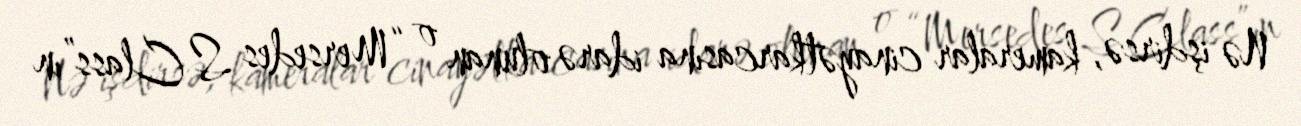
Nə işdirsə, kameralar cinayətkarcasına idarə olunan o “Mersedes S Class”ın